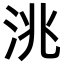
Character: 洮